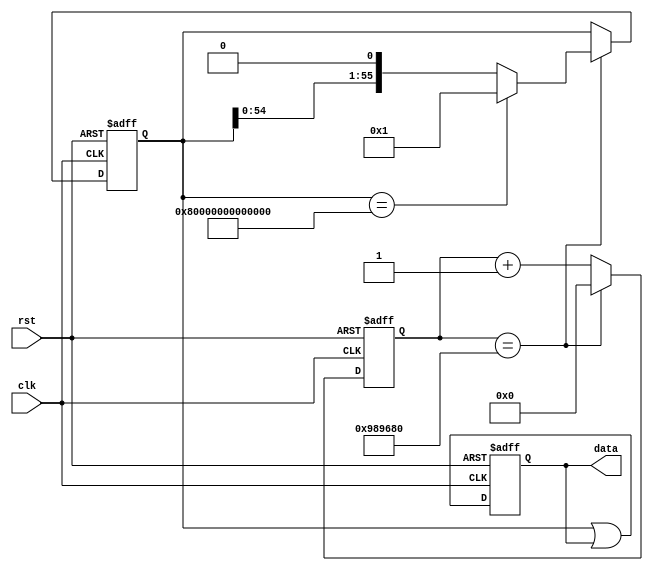
`timescale 1ns / 1ps

module play(clk,rst,data);

input         clk,rst;
output [55:0] data;
reg    [55:0] data;
reg    [55:0] temp_data;

always @(posedge clk or posedge rst) 
begin
	if (rst) begin data <= 0; end
	else data <= temp_data|data;
end

reg [32:0] cnt;

always @(posedge clk or posedge rst) 
begin
	if (rst) 
	begin 
		cnt <= 0; 
		temp_data<={55'b0,1'b1};
	end
	else begin
		cnt <= cnt + 1;
		if (cnt == 10000000) 
		begin 
			cnt <= 0;
			temp_data<=(temp_data<<1);
			if (temp_data == {1'b1,55'b0}) 
			begin 
				temp_data<={55'b0,1'b1}; 
			end   
		end
	end
end

endmodule